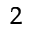
^ 2